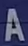
A